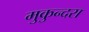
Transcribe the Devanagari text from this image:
मुकुन्दरा